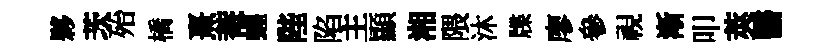
夥茨殆橋熹菴蝗陛陷主顯湘隈沐牒廖參視漸叩莢醫